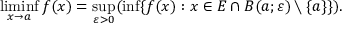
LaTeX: \operatorname* { l i m i n f } _ { x \to a } f ( x ) = \operatorname* { s u p } _ { \varepsilon > 0 } ( \operatorname* { i n f } \{ f ( x ) : x \in E \cap B ( a ; \varepsilon ) \setminus \{ a \} \} ) .